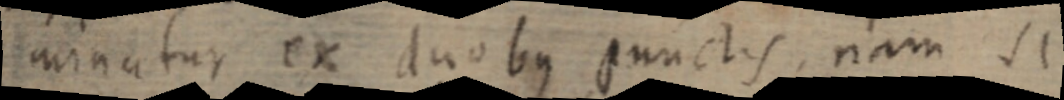
minatur ex duobus punctis, nam Si